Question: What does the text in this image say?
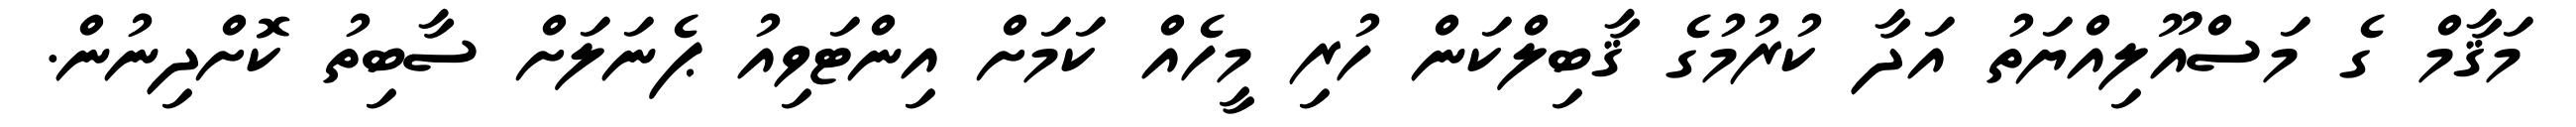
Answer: މަޤާމް ގެ މަސްއޫލިއްޔަތު އަދާ ކުރުމުގެ ޤާބިލްކަން ހުރި މީހެއް ކަމަށް އިންޓަވިއު ޕެނަލަށް ސާބިތު ކޮށްދިނުން.